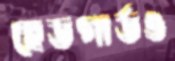
হেডগার্ডও